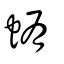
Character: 蛕